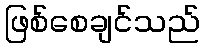
ဖြစ်စေချင်သည်